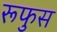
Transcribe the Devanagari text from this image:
रूफुस